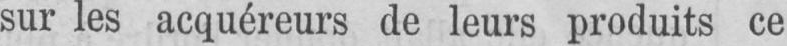
sur les acquéreurs de leurs produits ce